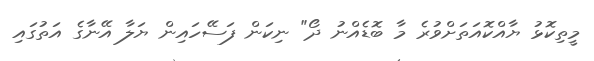
މީތިކޮޅު ޔާއްކޮއަތަށްވުރެ މާ ބޮޑެއްނު ދޯ" ނިކަން ފަސޭހައިން ޔަލާ އޭނާގެ އަތުގައި